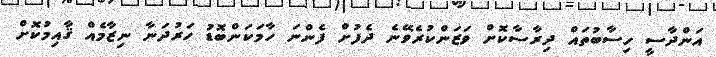
އަންދާސީ ހިސާބުތައް ދިރާސާކޮށް ވަޒަންކުރެވޭނެ ދެފުށް ފެންނަ ހާމަކަންބޮޑު ހަރުދަނާ ނިޒާމެއް ޤާއިމުކޮށް